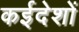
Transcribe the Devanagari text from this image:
कईदेशों